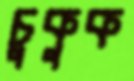
চুকুক